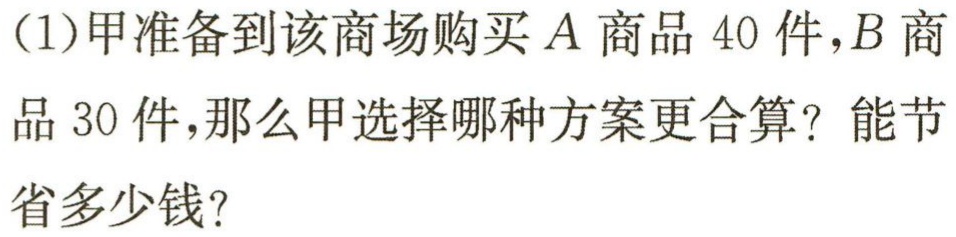
(1)甲准备到该商场购买\(A\)商品\(40\)件，\(B\)商品\(30\)件，那么甲选择哪种方案更合算？能节省多少钱？